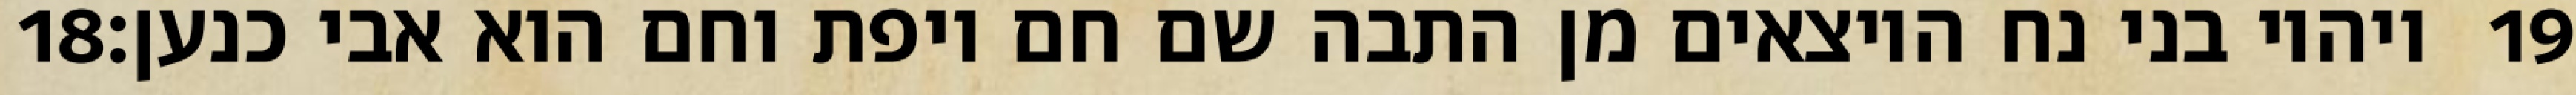
‎18‏ ויהיו בני נח היוצאים מן התבה שם חם ויפת וחם הוא אבי כנען׃ ‎19‏